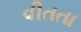
વીતતા